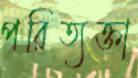
পরিত্যক্তা